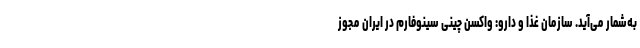
به‌شمار می‌آید. سازمان غذا و دارو: واکسن چینی سینوفارم در ایران مجوز